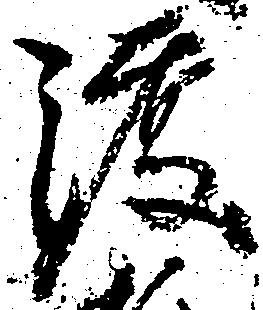
渡